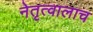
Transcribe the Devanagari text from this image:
नेतृत्वालाच